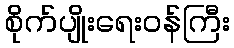
စိုက်ပျိုးရေးဝန်ကြီး